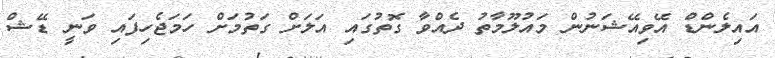
އައިލެންޑް އޭވިއޭޝަނުން މައުލޫމާތު ދެއްވާ ގޮތުގައި އަލަށް ގަތުމަށް ހަމަޖެހިފައި ވަނީ ޑޭޝް